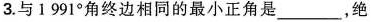
3.与1 991°角终边相同的最小正角是___，绝